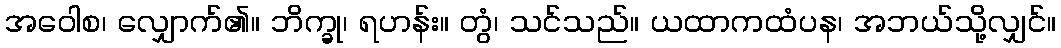
အဝေါစ၊ လျှောက်၏။ ဘိက္ခု၊ ရဟန်း။ တွံ၊ သင်သည်။ ယထာကထံပန၊ အဘယ်သို့လျှင်။